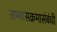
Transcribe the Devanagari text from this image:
अभ्यासक्रमासंबंधी